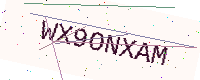
Text: WX9ONXAM